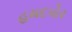
હમદપોર